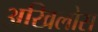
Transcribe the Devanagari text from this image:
अखिलोस